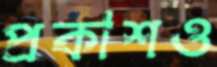
প্রকাশও